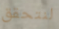
لنتحقق